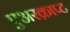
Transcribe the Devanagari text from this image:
एअरक्राप्ट